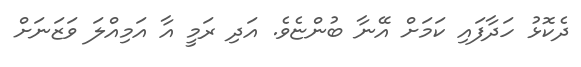
ދެކޮޅު ހަދާފައި ކަމަށް އޭނާ ބުންޏެވެ. އަދި ރަމީ އާ އަމިއްލަ ވަޒަނަށް